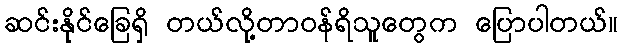
ဆင်းနိုင်ခြေရှိ တယ်လို့တာဝန်ရိသူတွေက ပြောပါတယ်။